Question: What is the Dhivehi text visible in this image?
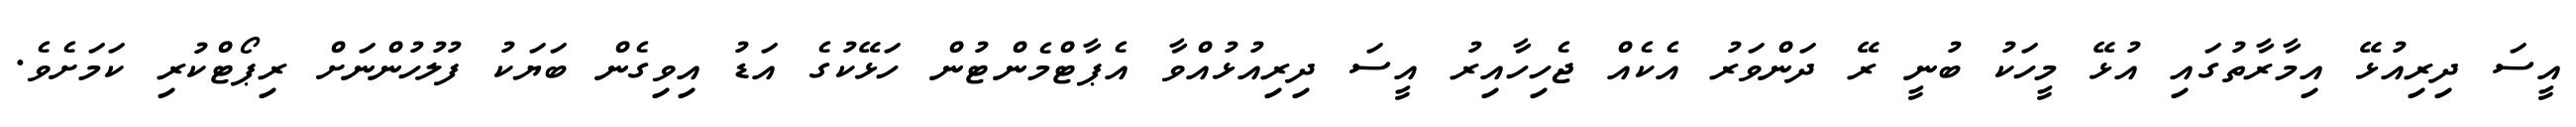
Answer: އީސަ ދިރިއުޅޭ އިމާރާތުގައި އުޅޭ މީހަކު ބުނީ ރޭ ދަންވަރު އެކެއް ޖެހިހާއިރު އީސަ ދިރިއުޅުއްވާ އެޕާޓްމެންޓުން ހަޅޭކުގެ އަޑު އިވިގެން ބަޔަކު ފުލުހުންނަށް ރިޕޯޓްކުރި ކަމަށެވެ.